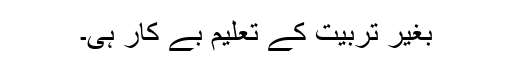
بغیر تربیت کے تعلیم بے کار ہی۔